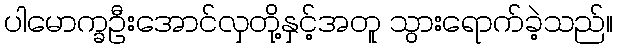
ပါမောက္ခဦးအောင်လှတို့နှင့်အတူ သွားရောက်ခဲ့သည်။